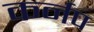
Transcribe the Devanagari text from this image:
कर्नप